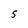
Character: S